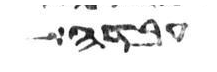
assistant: יבדל